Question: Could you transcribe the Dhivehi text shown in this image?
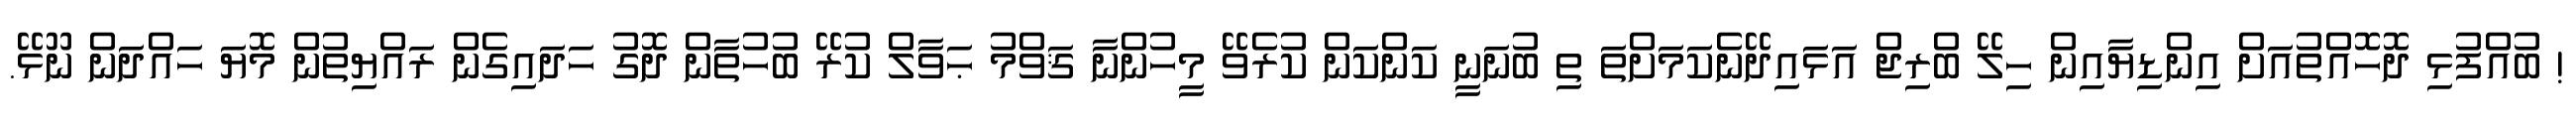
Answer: ! ބުއްފުޅި ދޮހޮއްތުއަށް އިންޑިޔާއިން ހިލޭ ބްރިޖް އަޅައިދޭނެކަމަށްތަ ތި ބުނަނީ ކަންކަން ކުރެވޭ މީހުންނާ ޤަވްމު ޙަވާލް ކުރޭ ބުހުތާން ދޮގު ހަދައިގެން ރައްޔިތުން މޮޔަ ހައްދަން ނޫޅޭ.